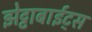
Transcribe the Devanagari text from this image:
झेट्टाबाईट्स